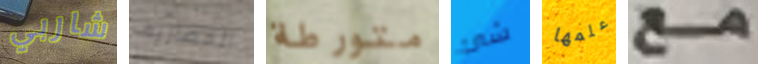
شاربي المصاريف متورطة شئ علمها مع